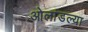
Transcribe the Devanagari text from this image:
ओलांडल्या